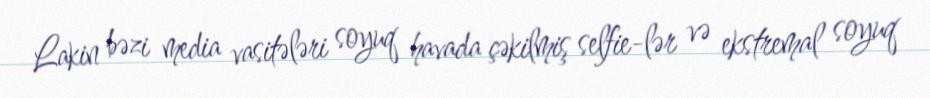
Lakin bəzi media vasitələri soyuq havada çəkilmiş selfie-lər və ekstremal soyuq